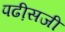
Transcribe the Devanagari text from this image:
पढी़सजी